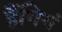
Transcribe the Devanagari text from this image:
हैंगिगं